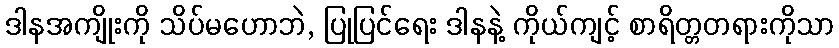
ဒါနအကျိုးကို သိပ်မဟောဘဲ, ပြုပြင်ရေး ဒါနနဲ့ ကိုယ်ကျင့် စာရိတ္တတရားကိုသာ